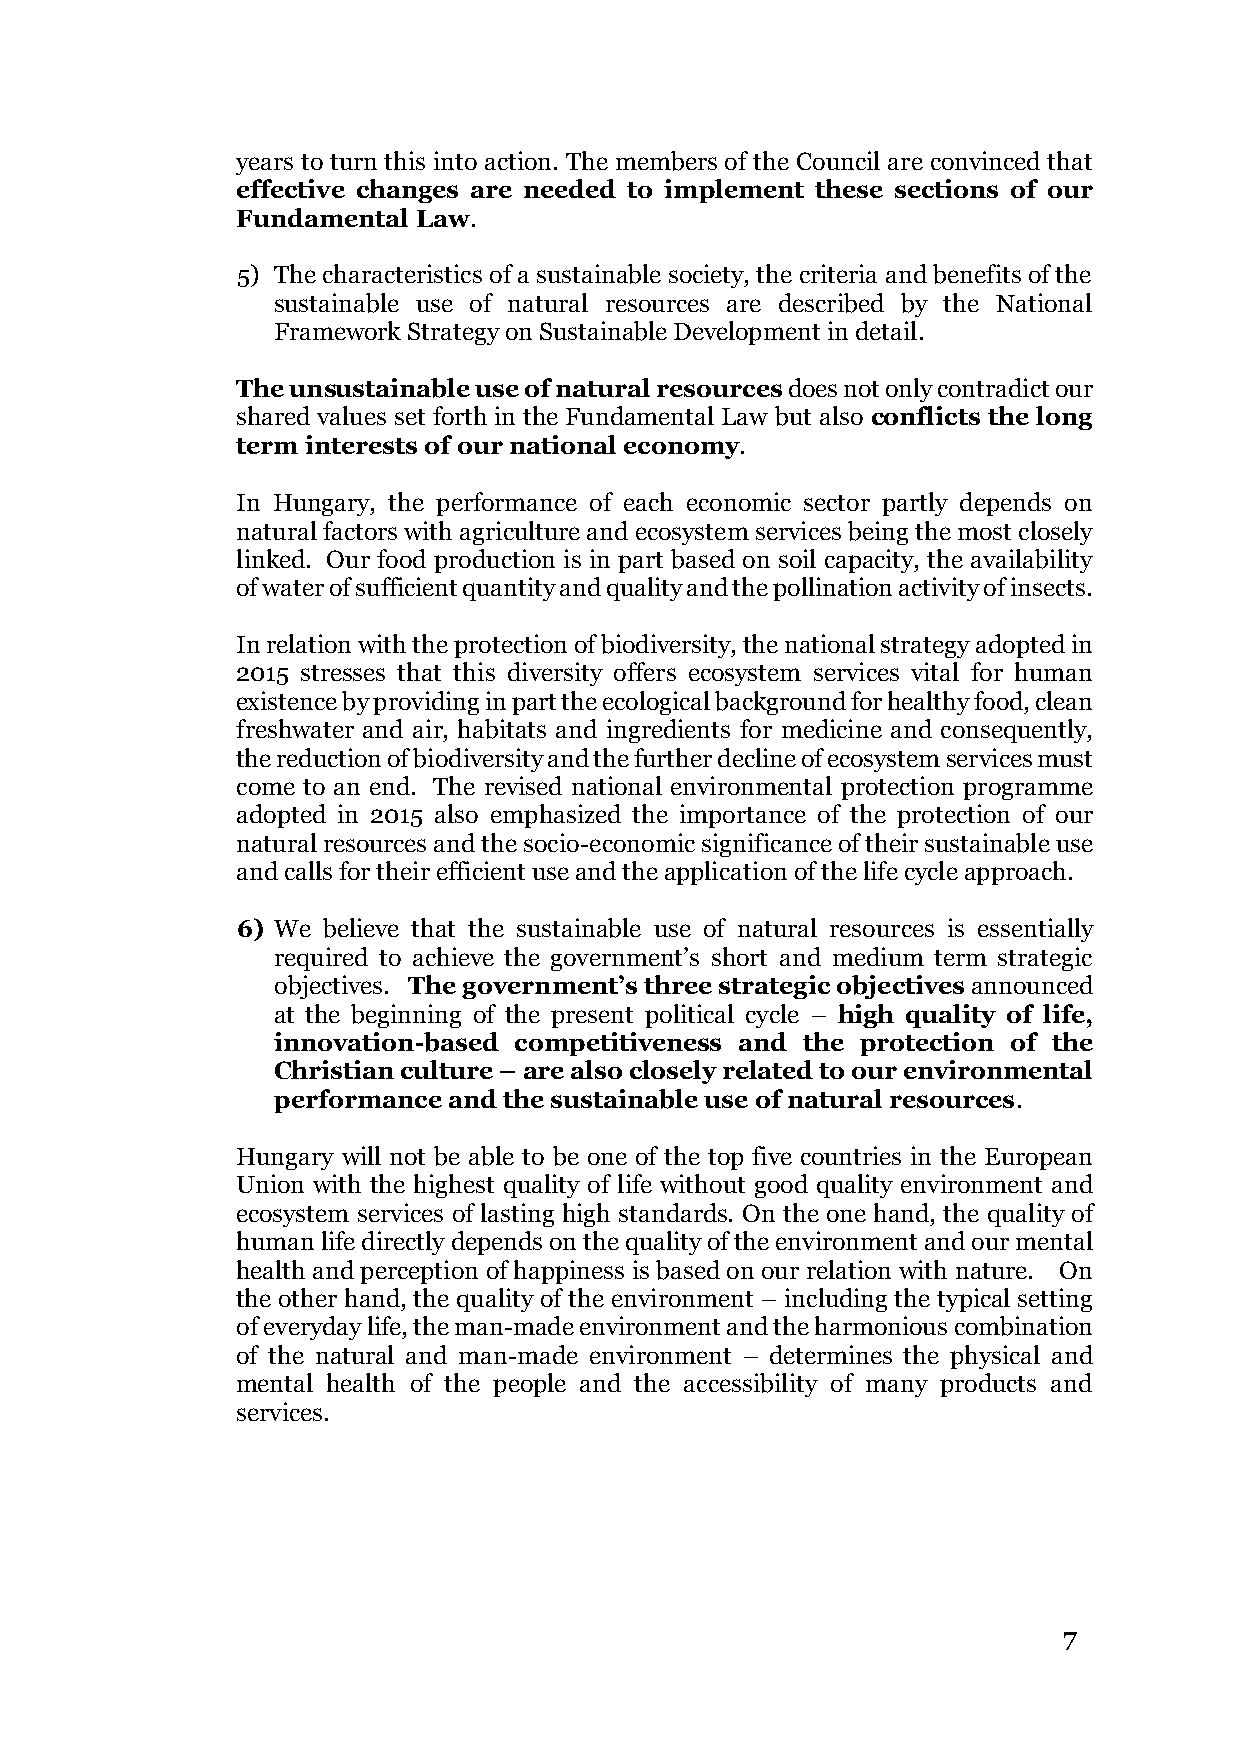
years to turn this into action. The members of the Council are convinced that
 effective changes are needed to implement these sections of our
 Fundamental Law.
 5) The characteristics of a sustainable society, the criteria and benefits of the
 sustainable use of natural resources are described by the National
 Framework Strategy on Sustainable Development in detail.
 The unsustainable use of natural resources does not only contradict our
 shared values set forth in the Fundamental Law but also conflicts the long
 term interests of our national economy.
 In Hungary, the performance of each economic sector partly depends on
 natural factors with agriculture and ecosystem services being the most closely
 linked. Our food production is in part based on soil capacity, the availability
 of water of sufficient quantity and quality and the pollination activity of insects.
 In relation with the protection of biodiversity, the national strategy adopted in
 2015 stresses that this diversity offers ecosystem services vital for human
 existence by providing in part the ecological background for healthy food, clean
 freshwater and air, habitats and ingredients for medicine and consequently,
 the reduction of biodiversity and the further decline of ecosystem services must
 come to an end. The revised national environmental protection programme
 adopted in 2015 also emphasized the importance of the protection of our
 natural resources and the socio-economic significance of their sustainable use
 and calls for their efficient use and the application of the life cycle approach.
 6) We believe that the sustainable use of natural resources is essentially
 required to achieve the government’s short and medium term strategic
 objectives. The government’s three strategic objectives announced
 at the beginning of the present political cycle – high quality of life,
 innovation-based competitiveness and the protection of the
 Christian culture – are also closely related to our environmental
 performance and the sustainable use of natural resources.
 Hungary will not be able to be one of the top five countries in the European
 Union with the highest quality of life without good quality environment and
 ecosystem services of lasting high standards. On the one hand, the quality of
 human life directly depends on the quality of the environment and our mental
 health and perception of happiness is based on our relation with nature. On
 the other hand, the quality of the environment – including the typical setting
 of everyday life, the man-made environment and the harmonious combination
 of the natural and man-made environment – determines the physical and
 mental health of the people and the accessibility of many products and
 services.
 7